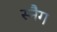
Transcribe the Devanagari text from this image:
स्नैग